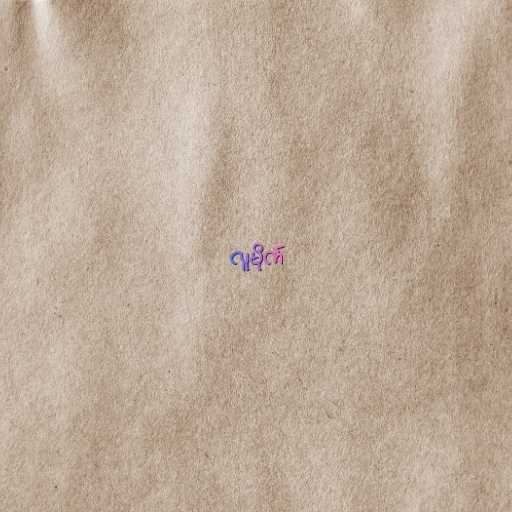
လူမိုက်